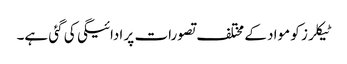
ٹیکلرز کو مواد کے مختلف تصورات پر ادائیگی کی گئی ہے۔